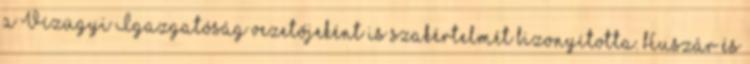
a Vízügyi Igazgatóság vezetőjeként is szakértelmét bizonyította. Huszár és